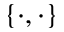
\left\{ \cdot , \cdot \right\}